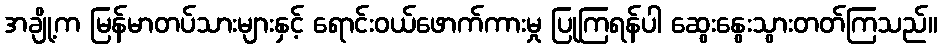
အချို့က မြန်မာတပ်သားများနှင့် ရောင်းဝယ်ဖောက်ကားမှု ပြုကြရန်ပါ ဆွေးနွေးသွားတတ်ကြသည်။